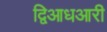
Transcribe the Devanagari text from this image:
द्विआधआरी